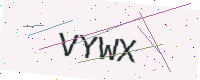
Text: VYWX